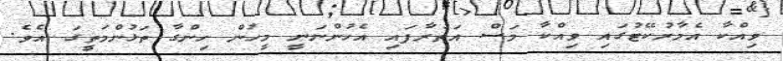
ވިއްކާ އެމާރުކޭޓުގައި ވިއްކާ މަސް އަތުރާފައި އެހުންނަނީ މީހުން ހިންގާ ތަޅުންމަތީގަ އެވެ.